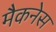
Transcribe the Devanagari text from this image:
मैकनेस